Specificity of antivenomous sera - Number 5
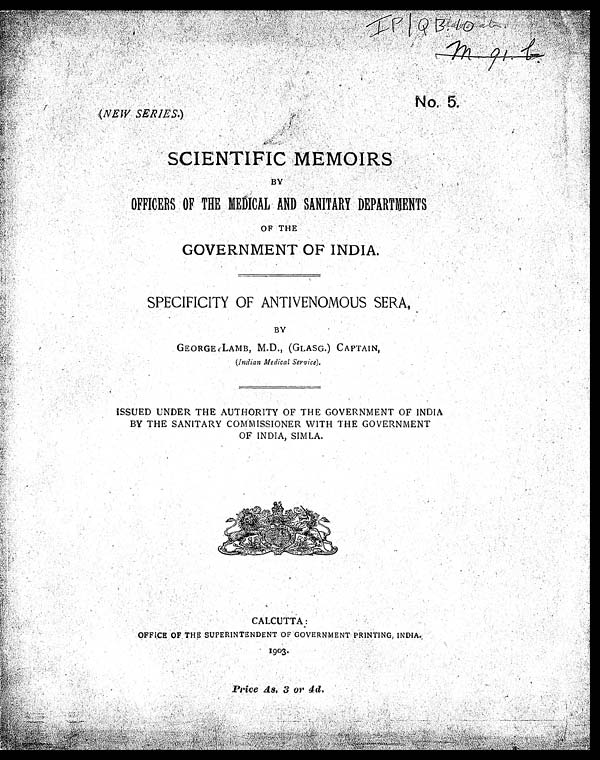
IP/Q B 10
M 91 B
N0
5
(NEW SERIES.)
SCIENTIFIC MEMOIRS
BY
OFFICERS OF THE MEDICAL AND SANITARY DEPARTMENTS
OF THE
GOVERNMENT OF INDIA.
SPECIFICITY OF ANTIVENOMOUS SERA,
BY
GEORGE LAMB, M.D., (GLASG.) CAPTAIN,
(Indian Medical Service).
ISSUED UNDER THE AUTHORITY OF THE GOVERNMENT OF INDIA
BY THE SANITARY COMMISSIONER WITH THE GOVERNMENT
OF INDIA, SIMLA.
CALCUTTA:
OFFICE OF THE SUPERINTENDENT OF GOVERNMENT PRINTING, INDIA.
1903.
Price As. 3 or 4d.